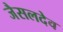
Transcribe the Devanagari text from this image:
जैसलदेव